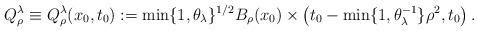
LaTeX: \begin{align*}Q_{\rho}^{\lambda}\equiv Q_{\rho}^{\lambda}(x_0,t_0) := \min\{1,\theta_{\lambda}\}^{1/2}B_{\rho}(x_0)\times\left(t_0-\min\{1, \theta_{\lambda}^{-1}\}\rho^2,t_0\right). \end{align*}